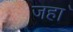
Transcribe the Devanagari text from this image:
जहा॑